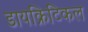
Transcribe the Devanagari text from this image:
डायक्रिटिकल